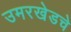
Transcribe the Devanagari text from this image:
उमरखेडचे